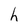
Character: h